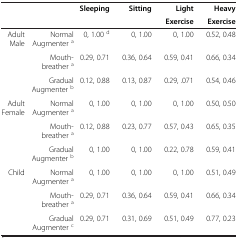
<table><thead><tr><td colspan="2"><b> </b></td><td><b>Sleeping</b></td><td><b>Sitting</b></td><td><b>Light</b></td><td><b>Heavy</b></td></tr><tr><td colspan="2"><b> </b></td><td><b> </b></td><td><b> </b></td><td><b>Exercise</b></td><td><b>Exercise</b></td></tr></thead><tbody><tr><td>Adult Male</td><td>Normal Augmenter <sup>a</sup></td><td>0, 1.00 <sup>d</sup></td><td>0, 1.00</td><td>0, 1.00</td><td>0.52, 0.48</td></tr><tr><td rowspan="2"> </td><td>Mouth-breather <sup>a</sup></td><td>0.29, 0.71</td><td>0.36, 0.64</td><td>0.59, 0.41</td><td>0.66, 0.34</td></tr><tr><td>Gradual Augmenter <sup>b</sup></td><td>0.12, 0.88</td><td>0.13, 0.87</td><td>0.29, .071</td><td>0.54, 0.46</td></tr><tr><td>Adult Female</td><td>Normal Augmenter <sup>a</sup></td><td>0, 1.00</td><td>0, 1.00</td><td>0, 1.00</td><td>0.50, 0.50</td></tr><tr><td rowspan="2"> </td><td>Mouth-breather <sup>a</sup></td><td>0.12, 0.88</td><td>0.23, 0.77</td><td>0.57, 0.43</td><td>0.65, 0.35</td></tr><tr><td>Gradual Augmenter <sup>b</sup></td><td>0, 1.00</td><td>0, 1.00</td><td>0.22, 0.78</td><td>0.59, 0.41</td></tr><tr><td>Child</td><td>Normal Augmenter <sup>a</sup></td><td>0, 1.00</td><td>0, 1.00</td><td>0, 1.00</td><td>0.51, 0.49</td></tr><tr><td> </td><td>Mouth-breather <sup>a</sup></td><td>0.29, 0.71</td><td>0.36, 0.64</td><td>0.59, 0.41</td><td>0.66, 0.34</td></tr><tr><td> </td><td>Gradual Augmenter <sup>c</sup></td><td>0.29, 0.71</td><td>0.31, 0.69</td><td>0.51, 0.49</td><td>0.77, 0.23</td></tr></tbody></table>